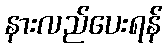
နားလည်ပေးရန်